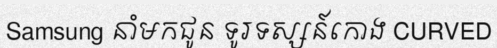
Samsung នាំមកជូន ទូរទស្សន៍កោង CURVED